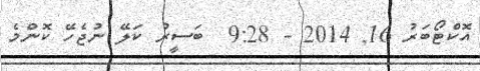
އޮކްޓޯބަރު 16